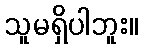
သူမရှိပါဘူး။